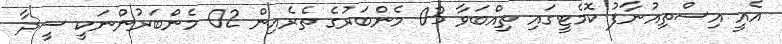
އެއީ އިސްތިއުނާފު ކޮމެޓީގައި ތިއްބަވާ 03 މެންބަރުގެ ތެރެއިން 02 މެންބަރުންނަކީ ސީދާ